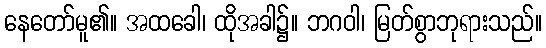
နေတော်မူ၏။ အထခေါ၊ ထိုအခါ၌။ ဘဂဝါ၊ မြတ်စွာဘုရားသည်။